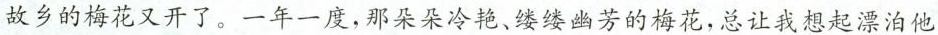
故乡的梅花又开了。一年一度，那朵朵冷艳、缕缕幽芳的梅花，总让我想起漂泊他